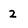
Character: 2